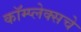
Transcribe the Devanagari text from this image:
कॉम्प्लेक्सचे